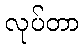
လုပ်တာ